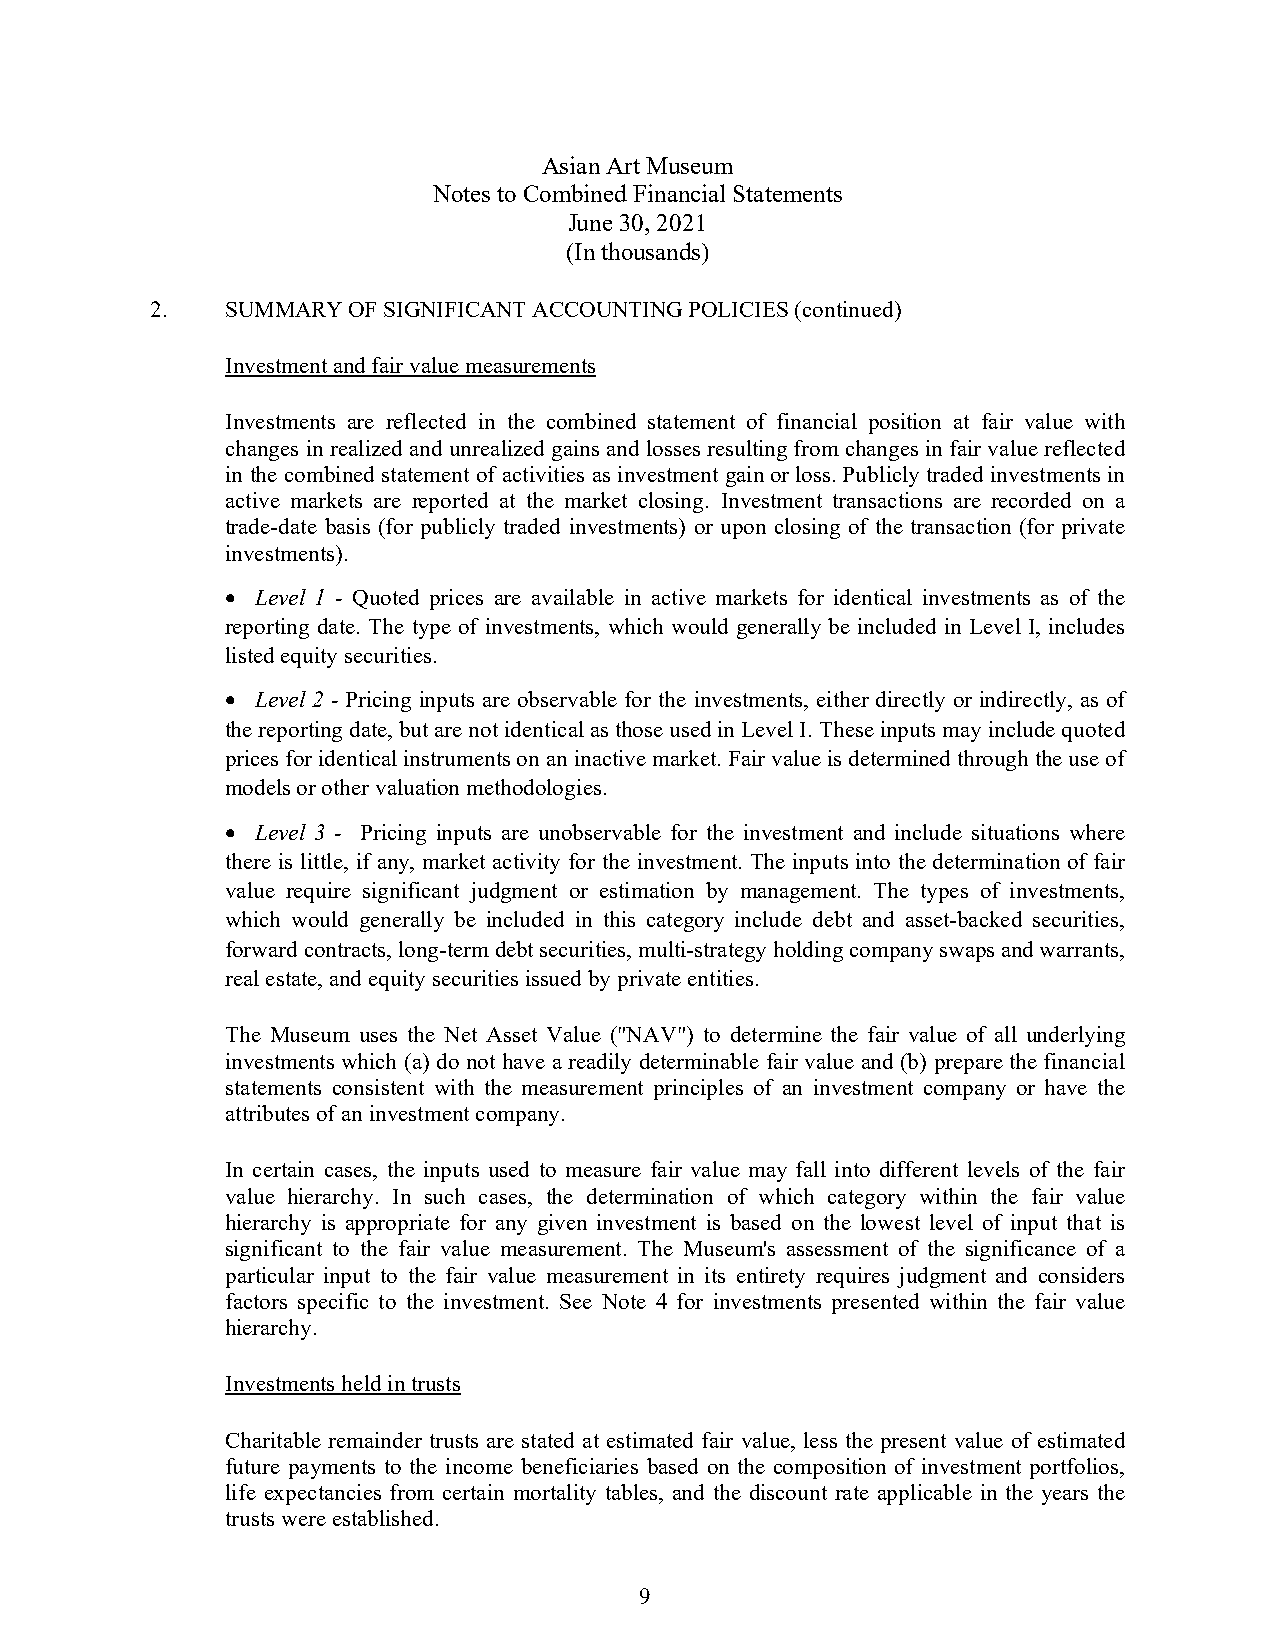
Asian Art Museum
 Notes to Combined Financial Statements
 June 30, 2021
 (In thousands)
 2.   SUMMARY OF SIGNIFICANT ACCOUNTING POLICIES (continued)
 Investment and fair value measurements
 Investments are reflected in the combined statement of financial position at fair value with
 changes in realized and unrealized gains and losses resulting from changes in fair value reflected
 in the combined statement of activities as investment gain or loss. Publicly traded investments in
 active markets are reported at the market closing. Investment transactions are recorded on a
 trade-date basis (for publicly traded investments) or upon closing of the transaction (for private
 investments).
  Level 1 - Quoted prices are available in active markets for identical investments as of the
 reporting date. The type of investments, which would generally be included in Level I, includes
 listed equity securities.
  Level 2 - Pricing inputs are observable for the investments, either directly or indirectly, as of
 the reporting date, but are not identical as those used in Level I. These inputs may include quoted
 prices for identical instruments on an inactive market. Fair value is determined through the use of
 models or other valuation methodologies.
  Level 3 - Pricing inputs are unobservable for the investment and include situations where
 there is little, if any, market activity for the investment. The inputs into the determination of fair
 value require significant judgment or estimation by management. The types of investments,
 which would generally be included in this category include debt and asset-backed securities,
 forward contracts, long-term debt securities, multi-strategy holding company swaps and warrants,
 real estate, and equity securities issued by private entities.
 The Museum uses the Net Asset Value ("NAV") to determine the fair value of all underlying
 investments which (a) do not have a readily determinable fair value and (b) prepare the financial
 statements consistent with the measurement principles of an investment company or have the
 attributes of an investment company.
 In certain cases, the inputs used to measure fair value may fall into different levels of the fair
 value hierarchy. In such cases, the determination of which category within the fair value
 hierarchy is appropriate for any given investment is based on the lowest level of input that is
 significant to the fair value measurement. The Museum's assessment of the significance of a
 particular input to the fair value measurement in its entirety requires judgment and considers
 factors specific to the investment. See Note 4 for investments presented within the fair value
 hierarchy.
 Investments held in trusts
 Charitable remainder trusts are stated at estimated fair value, less the present value of estimated
 future payments to the income beneficiaries based on the composition of investment portfolios,
 life expectancies from certain mortality tables, and the discount rate applicable in the years the
 trusts were established.
 9